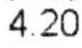
4.20